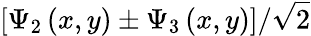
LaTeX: \left[\Psi_{2}\left(x,y\right)\pm\Psi_{3}\left(x,y\right)\right]/\sqrt{2}